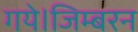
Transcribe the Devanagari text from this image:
गये।जिम्बरन